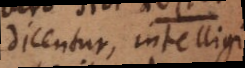
dicentur, intelligi